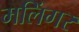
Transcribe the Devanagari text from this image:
मलिंगर